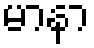
မာနာ